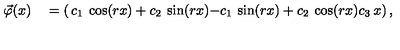
\begin{matrix} { \quad } \\ { \vec { \varphi } ( x ) } \\ { \quad } \\ \end{matrix} = \left( \begin{matrix} { c _ { 1 } \: \cos ( r x ) + c _ { 2 } \: \sin ( r x ) } \\ { - c _ { 1 } \: \sin ( r x ) + c _ { 2 } \: \cos ( r x ) } \\ { c _ { 3 } \: x } \\ \end{matrix} \right) ,